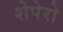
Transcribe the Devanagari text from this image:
शेपेरो